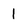
Character: l